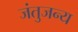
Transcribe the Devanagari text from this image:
जंतुजन्य